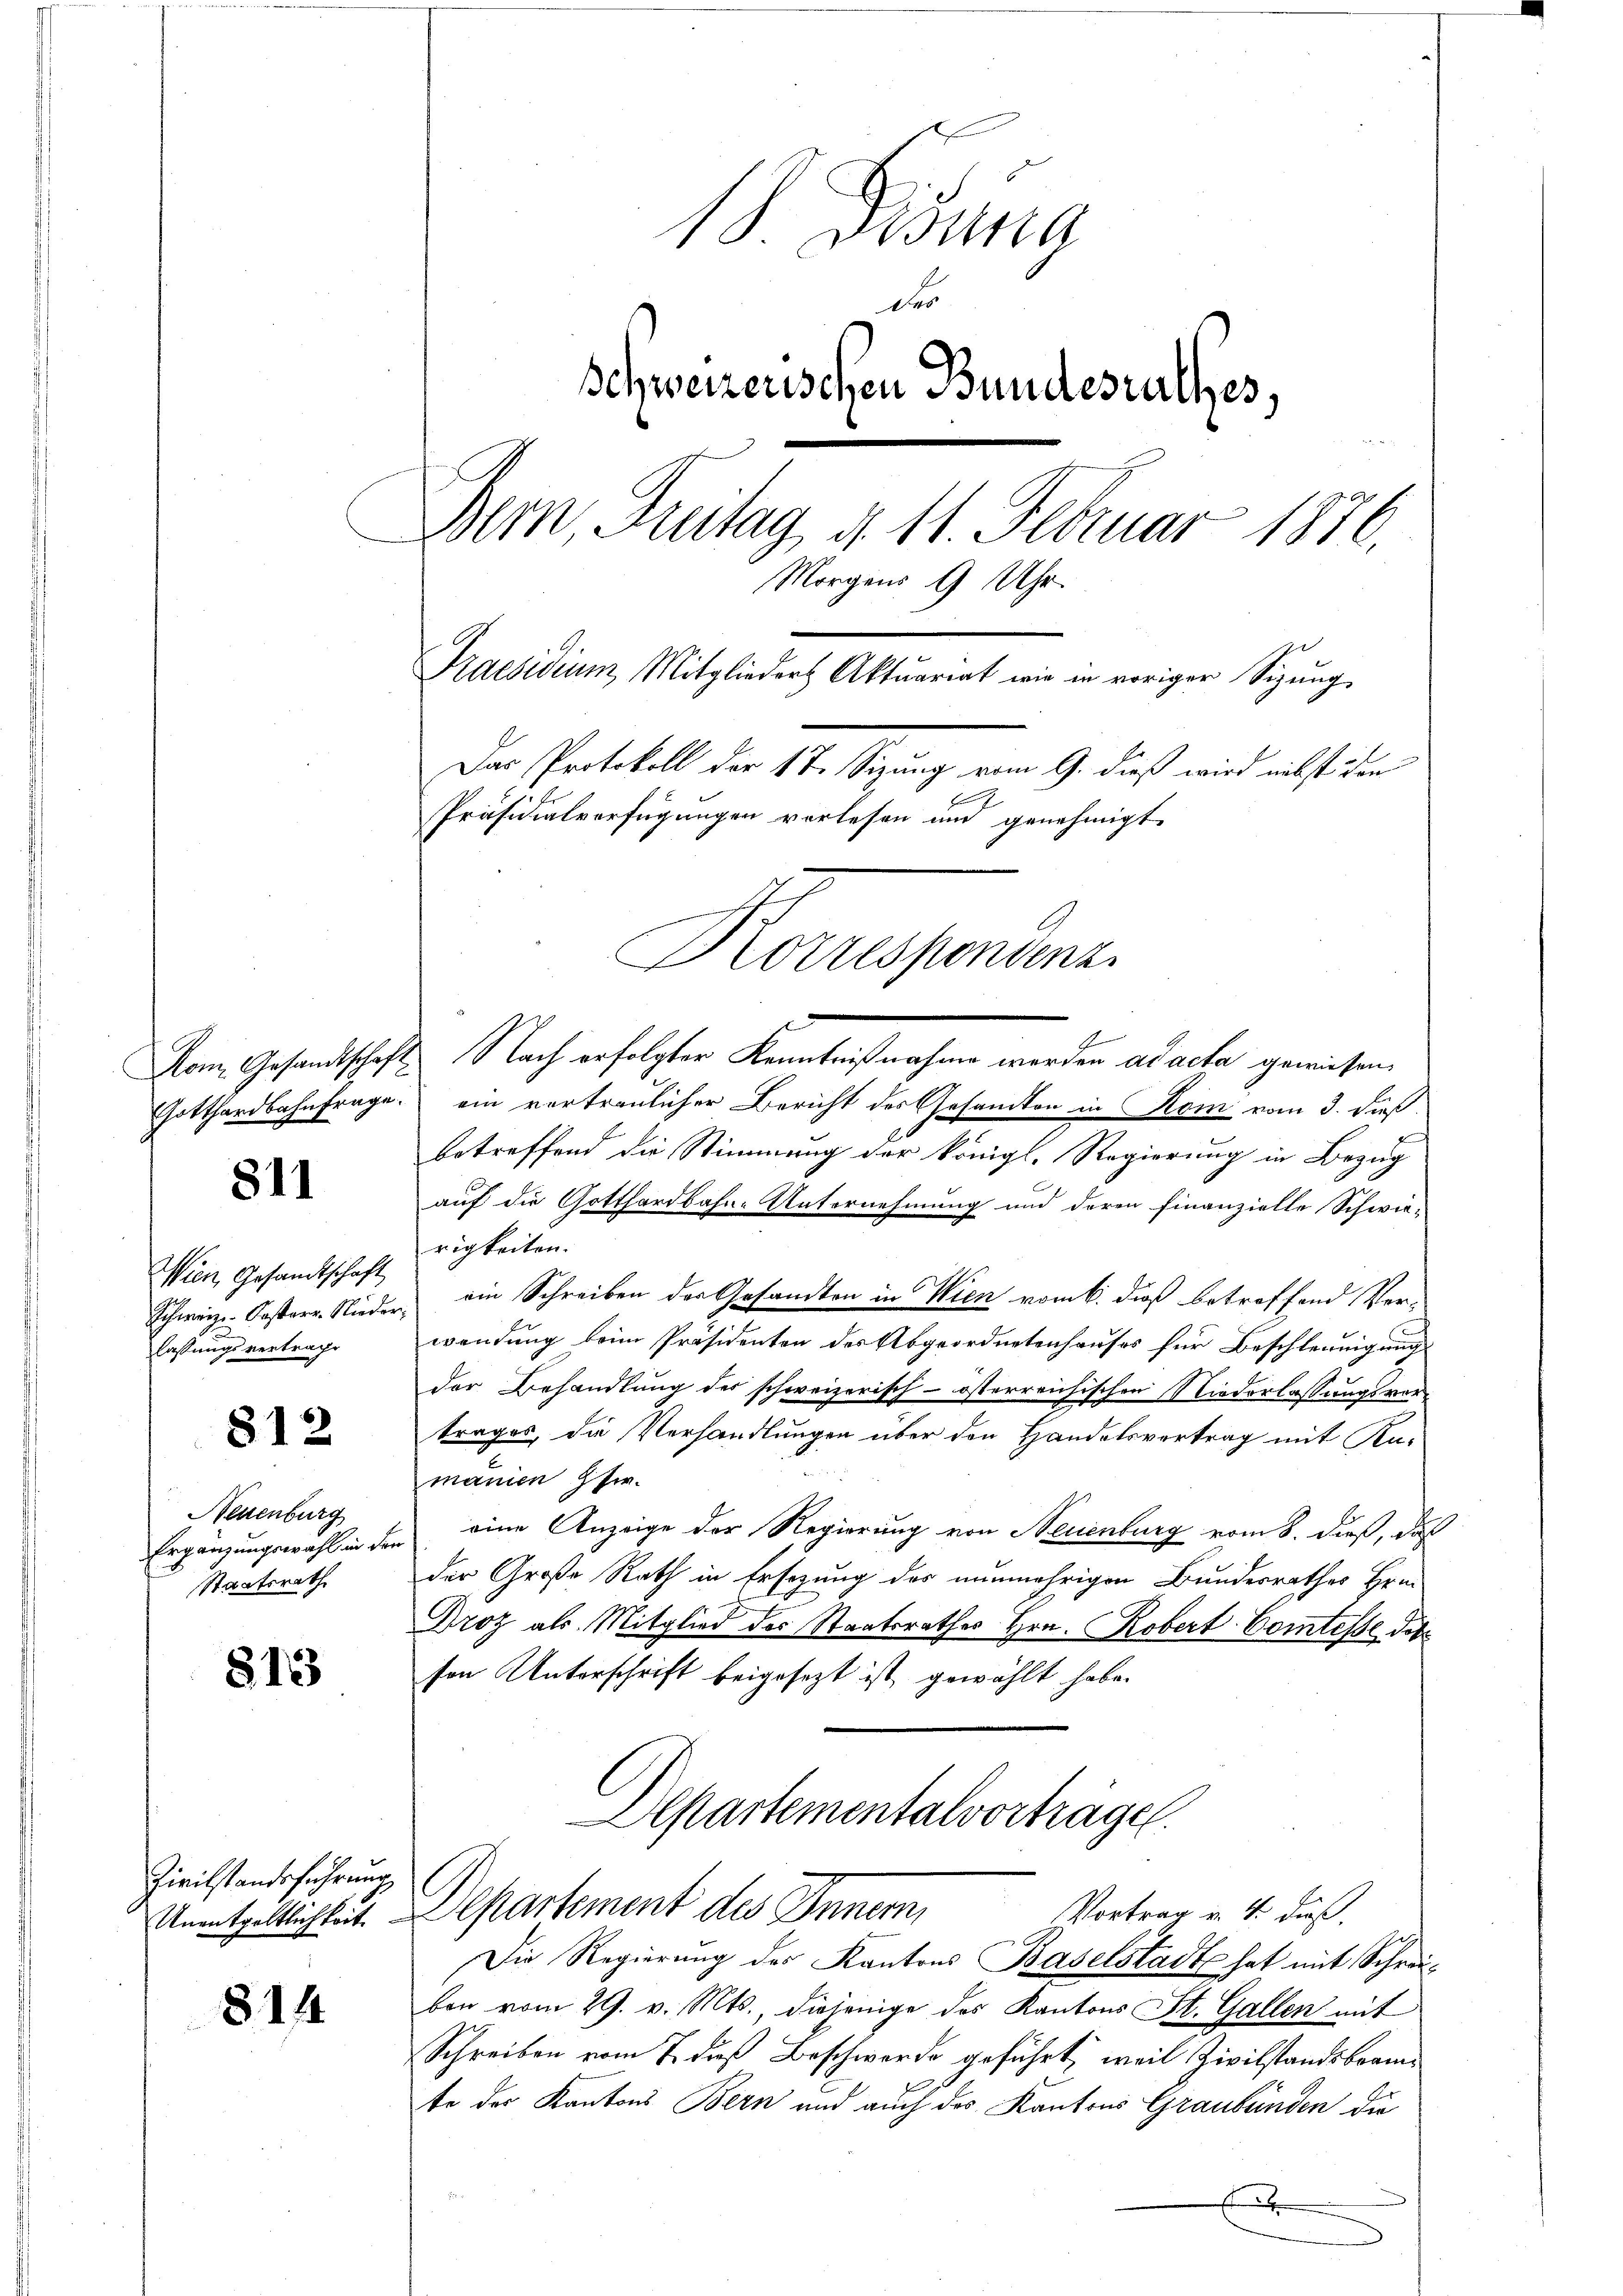
811

Wien Gesandtschaft
lassungsvertrage

812

Neuenburg
Staatsrath

813

Zivilstandsführung
Unentgeltlichkeit.

8144

18 Disung
Ver
schweizerischen Bundesrathes,
Bern, Freitag, d. 11. Februar 1876.
Morgens 9 Uhr.
Praesidium, Mitglieder Aktuariat wie in voriger Sigung
Das Protokoll der 1te Sitzung vom 9. dieß wird nebst den
Präsidialverfügungen vorlesen und genehmigt.
Korrespondenz

A
Kom Gesandtschaft Nach erfolgter Kenntnißnahme werden ad acta gewiesen,
Gotthardbahnfrage ein vertraulicher Bericht des Gesandten in Rom vom 3. dieß
betreffend die Stimmung der königl. Regierung in Bezug
auf die Gotthardbahn-Unternehmung und deren finanzielle Schwie-
rigkeiten.
Schweiz. Koster Nieder ein Schreiben der Gesandten in Wien vom 6. dieß betreffend Verwendung beim Präsidenten des Abgeordnetenhauses für Beschleunigung
der Behandlung des schweizerisch-österreichischen Niederlassungsver-
trages, da Verhandlungen über den Handelsvortrag mit An-
manien Pfer
Ergänzungswahl in den eine Anzeige der Regierung von Neuenburg vom 8. dieß, daß
der Große Rath in Ersezung des nunmehrigen Bundesrathes Hrn.
Droz als Mitglied der Staatsrathes Hrn. Robert Comtesse dite
sen Unterschrift beigesezt ist, gewählt habe.
Separtementalvorträge.

Departement des Innern,
Vortrag v. 4. daß.
Die Regierung des Kantons Baselstadt hat mit Schrei¬

ben vom 29. v. Mts., diejenige das Kantons St. Gallen mit
Schreiben vom 7. dieß Beschwerde geführt, weil Zivilstandsbramte des Kantons Bern und auch des Kantons Graubünden die
x